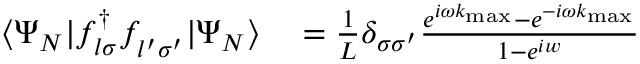
\begin{array} { r l } { \langle \Psi _ { N } | f _ { l \sigma } ^ { \dagger } f _ { l ^ { \prime } \sigma ^ { \prime } } ^ { \phantom { \dagger } } | \Psi _ { N } \rangle } & { { } = \frac { 1 } { L } \delta _ { \sigma \sigma ^ { \prime } } \frac { e ^ { i \omega k _ { \mathrm { m a x } } } - e ^ { - i \omega k _ { \mathrm { m a x } } } } { 1 - e ^ { i w } } } \end{array}